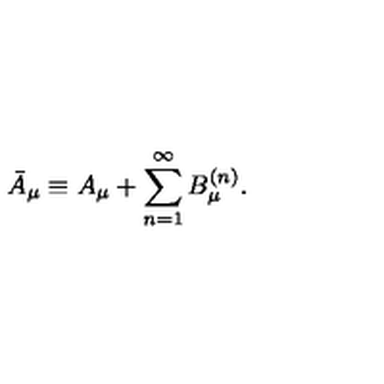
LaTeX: \bar { A } _ { \mu } \equiv A _ { \mu } + \sum _ { n = 1 } ^ { \infty } B _ { \mu } ^ { ( n ) } .